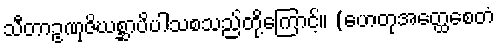
သီတာဥဏှဇိဃစ္ဆာပိပါသစသည်တို့ကြောင့်။ (ဟေတုအတ္ထေစေတံ